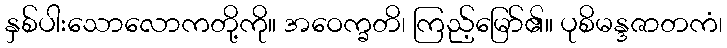
နှစ်ပါးသောလောကတို့ကို။ အဝေက္ခတိ၊ ကြည့်မြော်၏။ ပုစိမန္ဒဇာတကံ၊